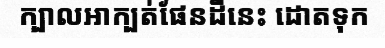
ក្បាលអាក្បត់ផែនដីនេះ ដោតទុក